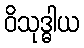
ဝိသုဒ္ဓါယ